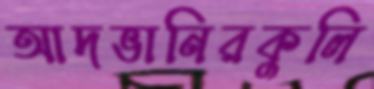
আদভানিরকুলি